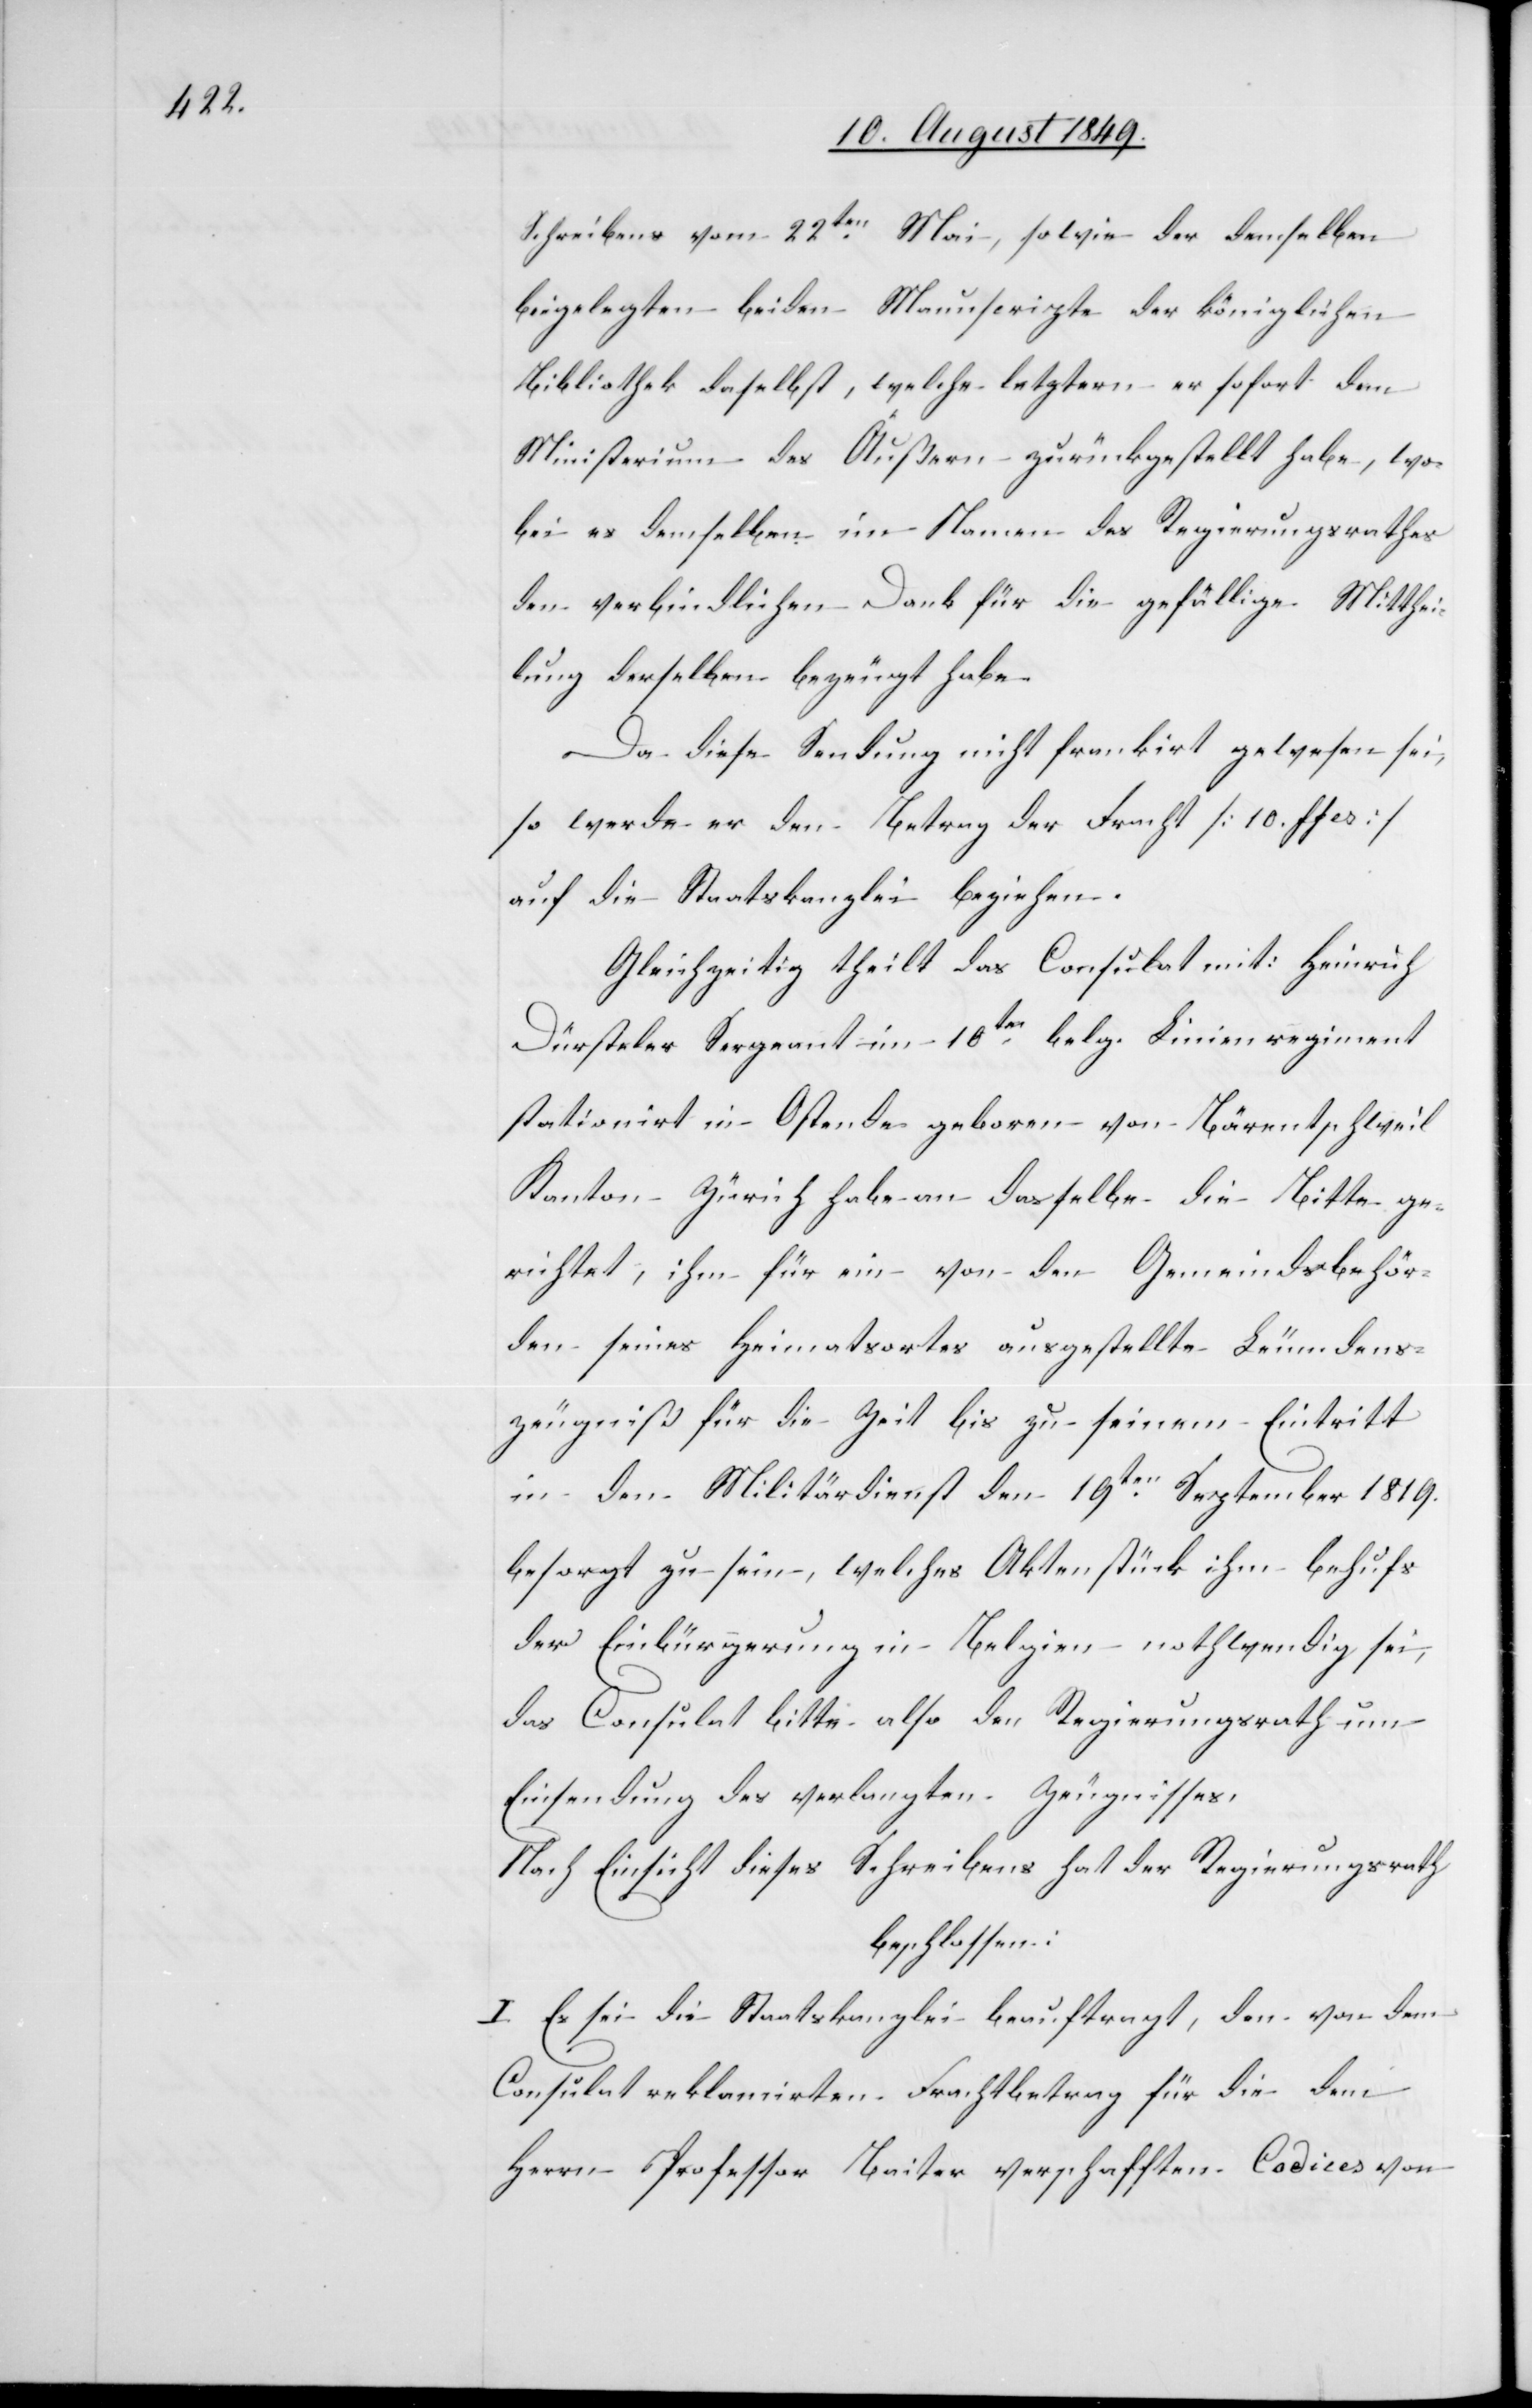
Schreibens vom 22ten Mai, sowie der demselben
beigelegten beiden Manuscripte der königlichen
Bibliothek daselbst, welche letztern er sofort dem
Ministerium des Äußern zurückgestellt habe, wo¬
bei es demselben im Namen des Regierungsrathes
den verbindlichen Dank für die gefällige Mitthei¬
lung derselben bezeugt habe.
Da diese Sendung nicht frankirt gewesen sei,
so werde er den Betrag der Fracht [10. ffcs]
auf die Staatskanzlei beziehen.
Gleichzeitig theilt das Consulat mit: Heinrich
Dürsteler Sergeant im 10tn belg. Linienregiment
stationirt in Ostende geboren von Bärentschweil
Kanton Zürich habe an dasselbe die Bitte ge¬
richtet, ihm für ein von den Gemeindsbehör¬
den seines Heimatsortes ausgestellte Leumdens¬
zeugniß für die Zeit bis zu seinem Eintritt
in den Militärdienst den 19ten September 1819.
besorgt zu sein, welches Aktenstück ihm behufs
der Einbürgerung in Belgien nothwendig sei,
das Consulat bitte also den Regierungsrath um
Einsendung des verlangten Zeugnisses.
Nach Einsicht dieses Schreibens hat der Regierungsrath
beschlossen:
I. Es sei die Staatskanzlei beauftragt, den von dem
Consulat reklamierten Frachtbetrag für die dem
Herrn Professor Baiter verschafften Codices von